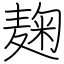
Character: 麹